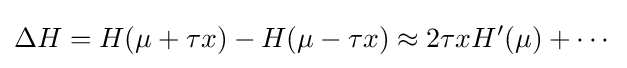
\Delta H=H(\mu +\tau x)-H(\mu -\tau x)\approx 2\tau xH'(\mu )+\cdots